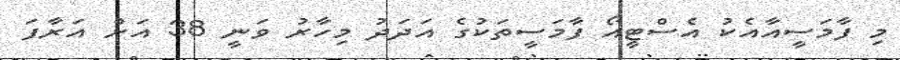
މި ފާމަސީއާއެކު އެސްޓީއޯ ފާމަސީތަކުގެ އަދަދު މިހާރު ވަނީ 38 އަށް އަރާފަ